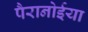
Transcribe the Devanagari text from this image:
पैरानोईया